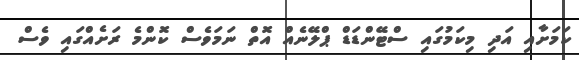
ކަމަށާއި އަދި މިކަމުގައި ސްޓޭންޑަޑް ޕްލޭނެއް އޮތް ނަމަވެސް ކޮންމެ ރަށެއްގައި ވެސް